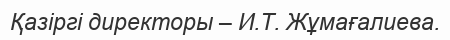
Қазіргі директоры – И.Т. Жұмағалиева.